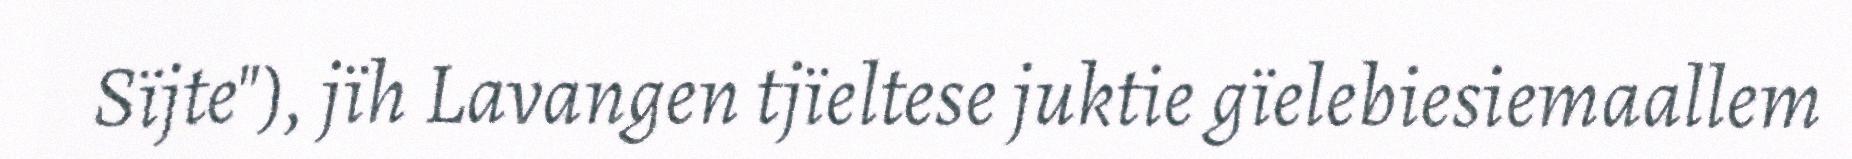
Sïjte"), jïh Lavangen tjïeltese juktie gïelebiesiemaallem